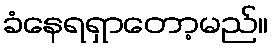
ခံနေရရှာတော့မည်။